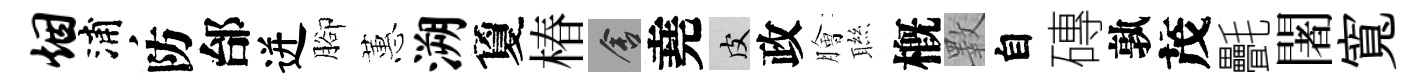
烟浦防邰迸腳蕙溯夐椿舍堯皮政膾聮槪斁自磚孰茂㲲闍寬